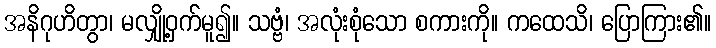
အနိဂုဟိတွာ၊ မလျှို့ဝှက်မူ၍။ သဗ္ဗံ၊ အလုံးစုံသော စကားကို။ ကထေသိ၊ ပြောကြား၏။